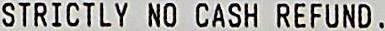
STRICTLY NO CASH REFUND .